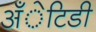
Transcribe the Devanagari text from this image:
अँेटिडी